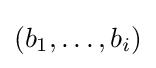
(b_{1},\dots ,b_{i})